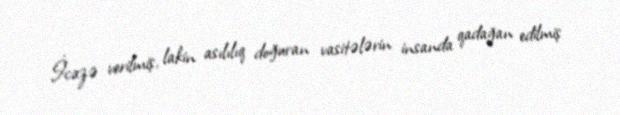
İcazə verilmiş, lakin asılılıq doğuran vasitələrin insanda qadağan edilmiş